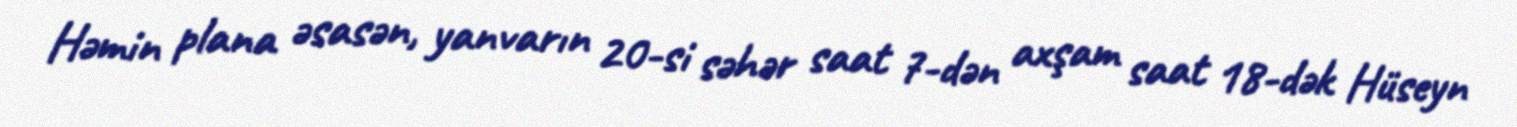
Həmin plana əsasən, yanvarın 20-si səhər saat 7-dən axşam saat 18-dək Hüseyn